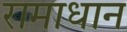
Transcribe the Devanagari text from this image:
रामाधान